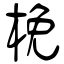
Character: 梚